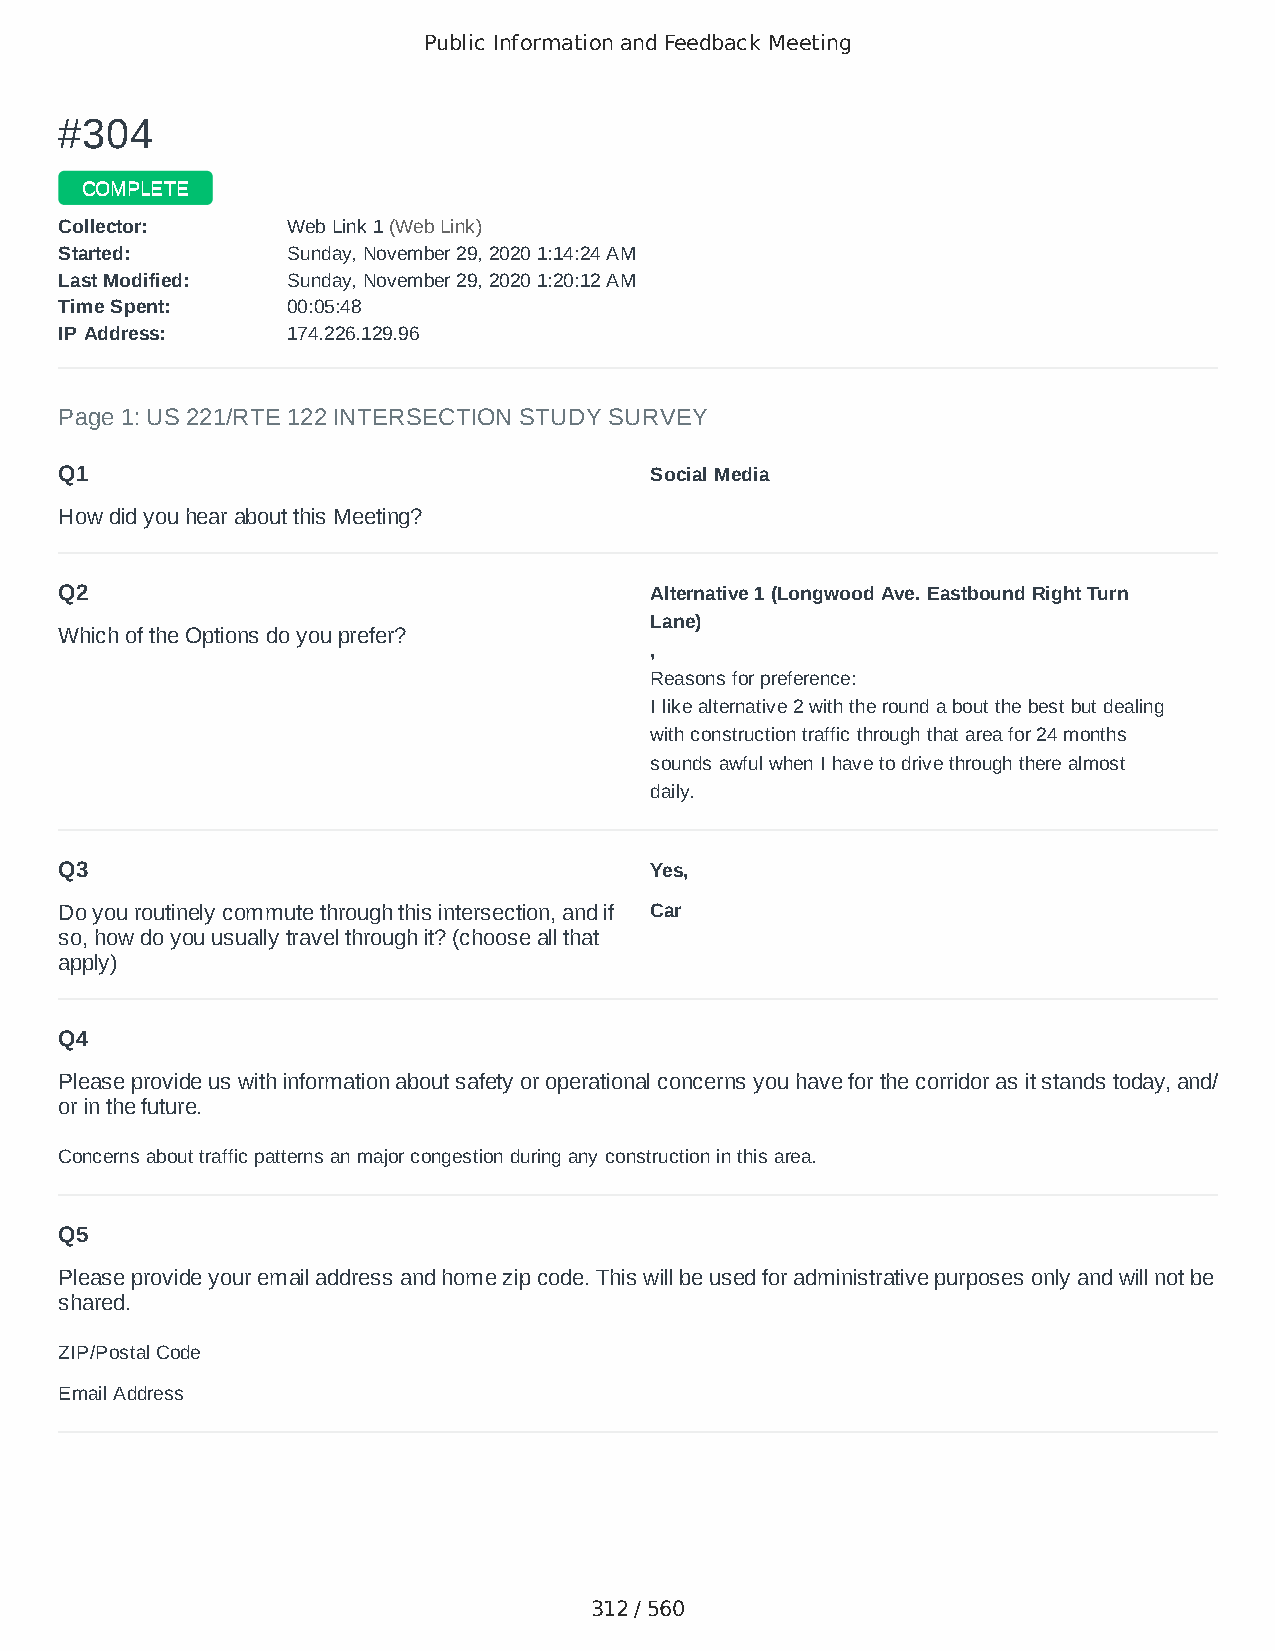
Public Information and Feedback Meeting
 ##330044
 CCOOMMPPLLEETTEE
 CCoolllleeccttoorr:: WWeebb LLiinnkk 11 ((WWeebb LLiinnkk))
 SSttaarrtteedd:: SSuunnddaayy,, NNoovveemmbbeerr 2299,, 22002200 11::1144::2244 AAMM
 LLaasstt MMooddiiffiieedd:: SSuunnddaayy,, NNoovveemmbbeerr 2299,, 22002200 11::2200::1122 AAMM
 TTiimmee SSppeenntt:: 0000::0055::4488
 IIPP AAddddrreessss:: 117744..222266..112299..9966
 Page 1: US 221/RTE 122 INTERSECTION STUDY SURVEY
 Q1                                     Social Media
 How did you hear about this Meeting?
 Q2                                     Alternative 1 (Longwood Ave. Eastbound Right Turn
 Lane)
 Which of the Options do you prefer?
 ,
 Reasons for preference:
 I like alternative 2 with the round a bout the best but dealing
 with construction traffic through that area for 24 months
 sounds awful when I have to drive through there almost
 daily.
 Q3                                     Yes,
 Do you routinely commute through this intersection, and if Car
 so, how do you usually travel through it? (choose all that
 apply)
 Q4
 Please provide us with information about safety or operational concerns you have for the corridor as it stands today, and/
 or in the future.
 Concerns about traffic patterns an major congestion during any construction in this area.
 Q5
 Please provide your email address and home zip code. This will be used for administrative purposes only and will not be
 shared.
 ZIP/Postal Code                        24523
 Email Address                          lulabella96@gmail.com
 312 / 560